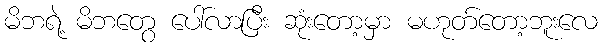
မိဘရဲ့ မိဘတွေ ပေါ်လာပြီး ဆုံးတော့မှာ မဟုတ်တော့ဘူးလေ